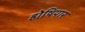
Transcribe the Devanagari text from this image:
होषियार